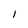
Character: l